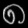
Digit: ၈